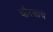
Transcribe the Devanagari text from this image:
चौरसांचे